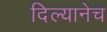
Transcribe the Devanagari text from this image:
दिल्यानेच